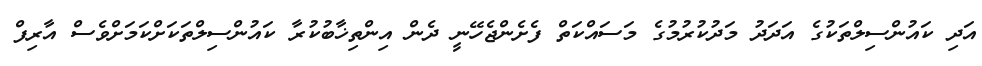
އަދި ކައުންސިލްތަކުގެ އަދަދު މަދުކުރުމުގެ މަސައްކަތް ފެށެންޖެހޭނީ ދެން އިންތިޚާބުކުރާ ކައުންސިލްތަކަށްކަމަށްވެސް އާރިފް